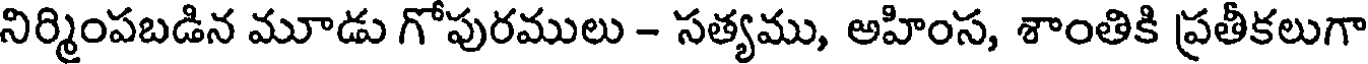
నిర్మింపబడిన మూడు గోపురములు - సత్యము, అహింస, శాంతికి ప్రతీకలుగా